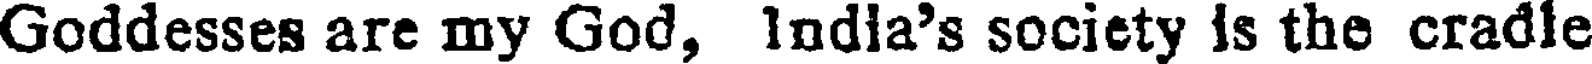
Goddesses are my God, Indla's society Is the cradle